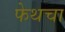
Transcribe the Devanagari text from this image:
फेथचा